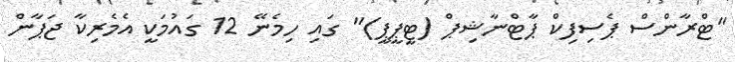
"ޓްރާންސް ޕެސިފިކް ޕާޓްނާޝިޕް (ޓީޕީޕީ)" ގައި ހިމެނޭ 12 ގައުމަކީ އެމެރިކާ ޖަޕާން